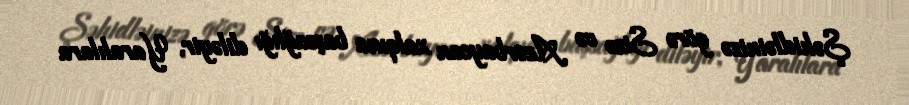
Şəhidləinizə görə Sizə və Azərbaycan xalqına başsağlığı diləyir, Yaralılara